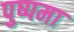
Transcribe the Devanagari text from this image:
पुष्पमा